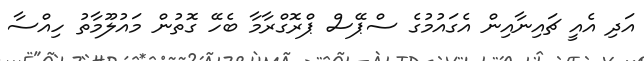
އަދި އެއީ ޗައިނާއިން އެގައުމުގެ ސްޕޭސް ޕްރޮގްރާމާ ބެހޭ ގޮތުން މައުލޫމާތު ހިއްސާ